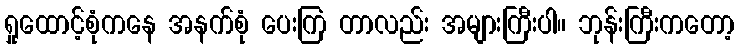
ရှုထောင့်စုံကနေ အနက်စုံ ပေးကြ တာလည်း အများကြီးပါ။ ဘုန်းကြီးကတော့